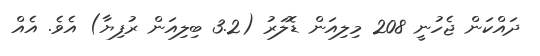
ދައްކަން ޖެހުނީ 208 މިލިއަން ޑޮލަރު (3.2 ބިލިއަން ރުފިޔާ) އެވެ. އެއް